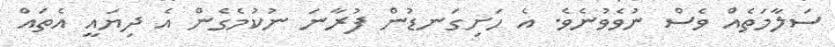
ސަލާމަތެއް ވެސް ނުވެވުނެވެ. އެ ހަށިގަނޑުން ފުރާނަ ނުކުމެގެން އެ ދިޔައީ އެތައް